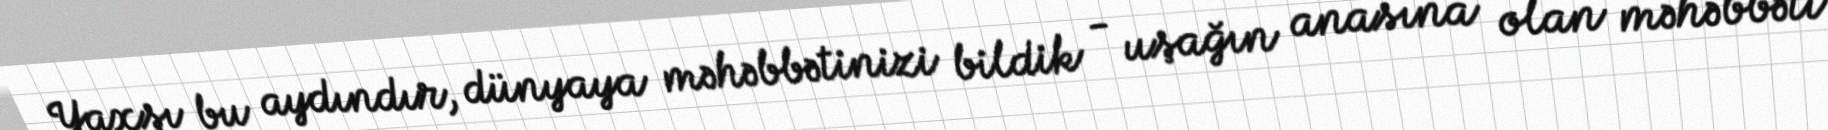
Yaxşı bu aydındır, dünyaya məhəbbətinizi bildik - uşağın anasına olan məhəbbəti